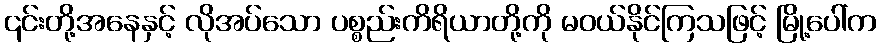
၎င်းတို့အနေနှင့် လိုအပ်သော ပစ္စည်းကိရိယာတို့ကို မဝယ်နိုင်ကြသဖြင့် မြို့ပေါ်က